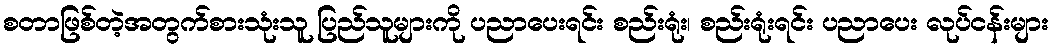
စတာဖြစ်တဲ့အတွက်စားသုံးသူ ပြည်သူများကို ပညာပေးရင်း စည်းရုံး၊ စည်းရုံးရင်း ပညာပေး လုပ်ငန်းများ